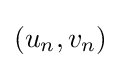
\left(u_{n},v_{n}\right)